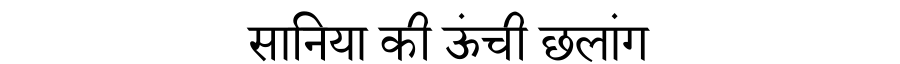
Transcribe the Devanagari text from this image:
सानिया की ऊंची छलांग